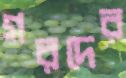
গরদের